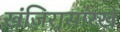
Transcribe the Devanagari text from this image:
खंजिरासारखे